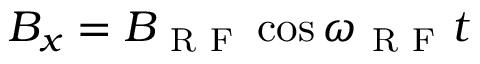
B _ { x } = B _ { \mathrm { ~ R ~ F ~ } } \cos \omega _ { \mathrm { ~ R ~ F ~ } } t